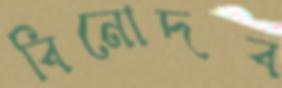
বিনোদব